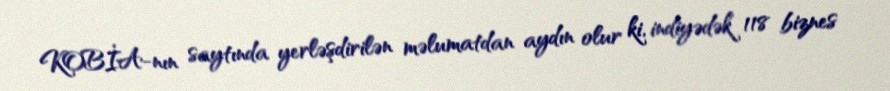
KOBİA-nın saytında yerləşdirilən məlumatdan aydın olur ki, indiyədək 118 biznes